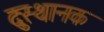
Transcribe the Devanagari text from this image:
दुःस्थानक